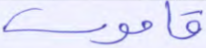
قاموس